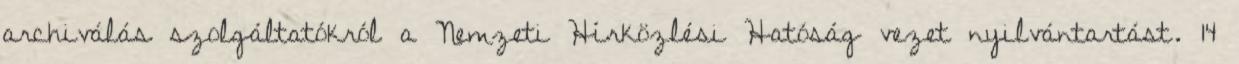
archiválás szolgáltatókról a Nemzeti Hírközlési Hatóság vezet nyilvántartást. 14